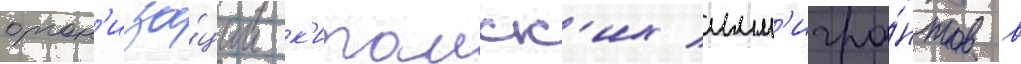
орган'иза́ции к'итаиск'их имм'игра́нтов в